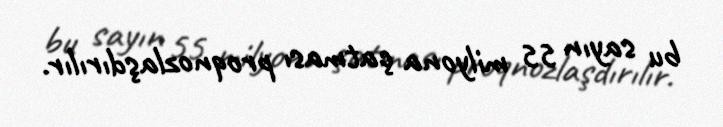
bu sayın 55 milyona çatması proqnozlaşdırılır.